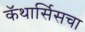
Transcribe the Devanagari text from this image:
कॅथार्सिसचा